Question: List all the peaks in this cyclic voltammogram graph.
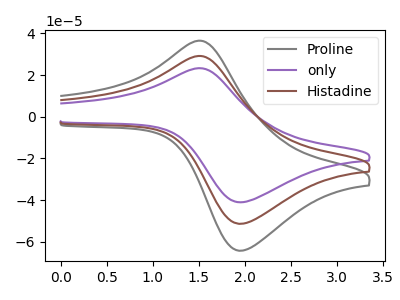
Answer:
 <answer>The gray curve "Proline" has an anodic peak at (1.50V, 36.50uA) and a cathodic peak at (1.95V, -64.25uA). The purple curve "only" has an anodic peak at (1.50V, 58.30uA) and a cathodic peak at (1.95V, -102.75uA). The brown curve "Histadine" has an anodic peak at (1.50V, 29.15uA) and a cathodic peak at (1.95V, -51.35uA).</answer>
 <eval></eval>